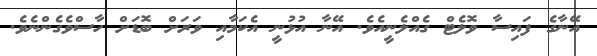
އޭނާގެ ފައިސާ ވޮލެޓް ގެއްލެނީއެވެ. އޭނާ އުޅުނީ އެކަމާއި ވަރަށް ބޮޑަށް ހާސްވެގެންނެވެ.